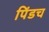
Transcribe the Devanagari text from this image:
पिंडच